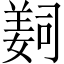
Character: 𦎛